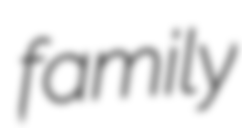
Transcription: family